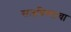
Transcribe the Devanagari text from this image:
सजविण्याचा